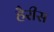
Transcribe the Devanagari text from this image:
हैरीस